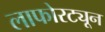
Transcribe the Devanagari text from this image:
लाफोरट्यून